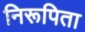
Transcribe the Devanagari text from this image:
निरूपिता